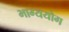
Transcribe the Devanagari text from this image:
भाग्ययोग